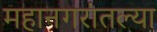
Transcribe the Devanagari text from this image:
महानगरांतल्या